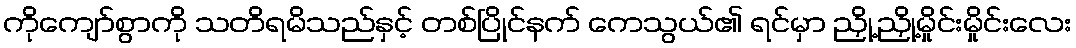
ကိုကျော်စွာကို သတိရမိသည်နှင့် တစ်ပြိုင်နက် ကေသွယ်၏ ရင်မှာ ညှို့ညှို့မှိုင်းမှိုင်းလေး